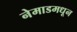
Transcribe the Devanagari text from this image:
नेमाडमधून